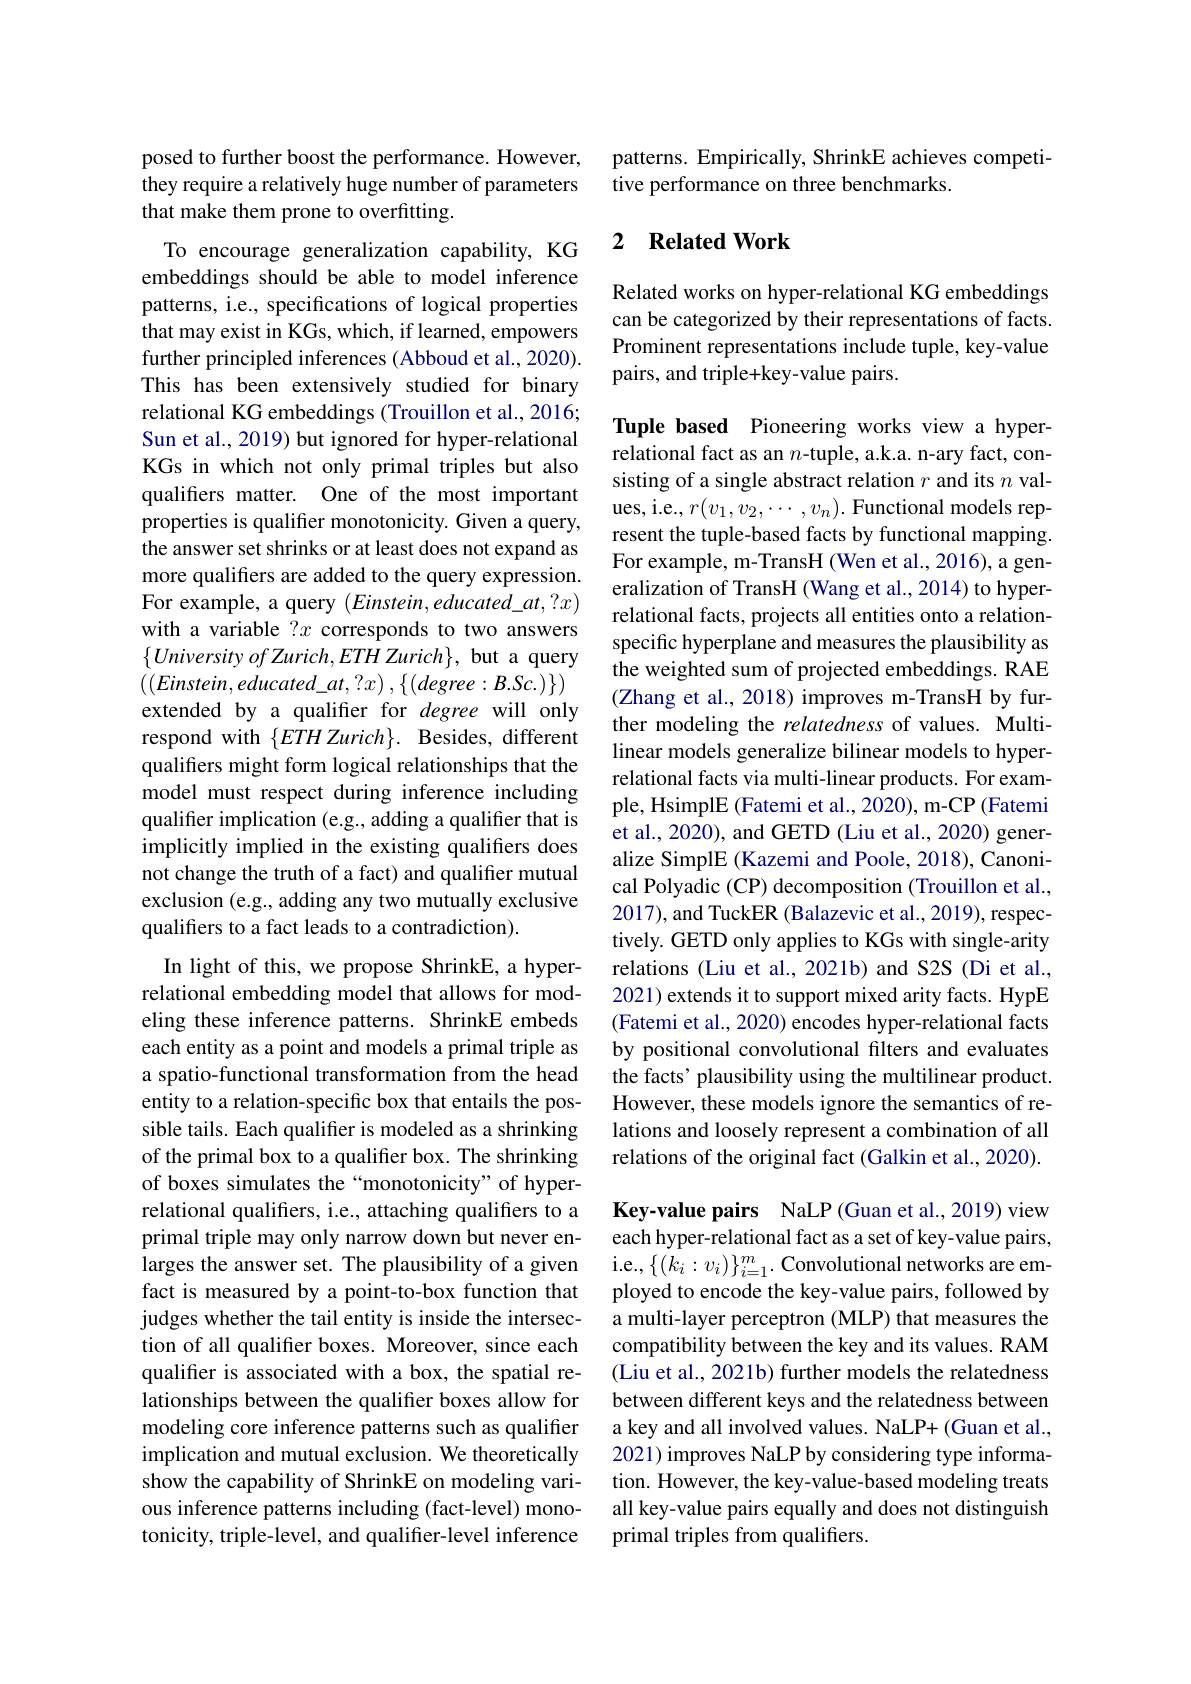
posed to further boost the performance. However, they require a relatively huge number of parameters that make them prone to overfitting.

To encourage generalization capability, KG embeddings should be able to model inference patterns, i.e., specifications of logical properties that may exist in KGs, which, if learned, empowers further principled inferences (Abboud et al., 2020). This has been extensively studied for binary relational KG embeddings (Trouillon et al., 2016; Sun et al., 2019) but ignored for hyper-relational KGs in which not only primal triples but also qualifers matter. One of the most important properties is qualifier monotonicity. Given a query, the answer set shrinks or at least does not expand as more qualifers are added to the query expression. For example, a query $(Einstein,educated\_at,?x)$ with a variable $?x$ corresponds to two answers $\{UniversityofZurich,ETHZurich\}$, but a query $\left(\left(Einstein,educated\_at,?x\right),\left\{\left(degree:B.Sc.\right)\right\}\right)$ extended by a qualifier for degree will only respond with $\{ ETH\textit{Zurich}\} .$ Besides, different qualifers might form logical relationships that the model must respect during inference including qualifier implication (e.g., adding a qualifier that is implicitly implied in the existing qualifiers does not change the truth of a fact) and qualifier mutual exclusion (e.g., adding any two mutually exclusive qualifiers to a fact leads to a contradiction).
In light of this, we propose ShrinkE, a hyperrelational embedding model that allows for modeling these inference patterns. ShrinkE embeds each entity as a point and models a primal triple as a spatio-functional transformation from the head entity to a relation-specific box that entails the possible tails. Each qualifier is modeled as a shrinking of the primal box to a qualifier box. The shrinking of boxes simulates the“monotonicity” of hyperrelational qualifers, i.e., attaching qualifiers to a primal triple may only narrow down but never enlarges the answer set. The plausibility of a given fact is measured by a point-to-box function that judges whether the tail entity is inside the intersection of all qualifer boxes. Moreover, since each qualifer is associated with a box, the spatial relationships between the qualifier boxes allow for modeling core inference patterns such as qualifier implication and mutual exclusion. We theoretically show the capability of ShrinkE on modeling various inference patterns including (fact-level) monotonicity, triple-level, and qualifier-level inference

patterns. Empirically, ShrinkE achieves competi-
tive performance on three benchmarks.

## 2 $\textbf{Related Work}$

Related works on hyper-relational KG embeddings can be categorized by their representations of facts. Prominent representations include tuple, key-value pairs, and triple+key-value pairs.

Tuple based Pioneering works view a hyperrelational fact as an $n$-tuple, a.k.a. n-ary fact, consisting of a single abstract relation $r$ and its $n$ values, i.e., $r(v_1,v_2,\cdots,v_n).$ Functional models represent the tuple-based facts by functional mapping $\bar{\text{For example, m-TransH (Wen et al., 2016), a gen-}}$ eralization of TransH (Wang et al., 2014) to hyperrelational facts, projects all entities onto a relationspecific hyperplane and measures the plausibility as the weighted sum of projected embeddings. RAE (Zhang et al., 2018) improves m-TransH by further modeling the relatedness of values. Multilinear models generalize bilinear models to hyperrelational facts via multi-linear products. For example, HsimplE (Fatemi et al., 2020), m-CP (Fatemi et al., 2020), and GETD (Liu et al., 2020) generalize SimplE (Kazemi and Poole, 2018), Canonical Polyadic (CP) decomposition (Trouillon et al., 2017), and TuckER (Balazevic et al., 2019), respectively. GETD only applies to KGs with single-arity relations (Liu et al., 2021b) and S2S (Di et al., 2021) extends it to support mixed arity facts. HypE (Fatemi et al., 2020) encodes hyper-relational facts by positional convolutional filters and evaluates the facts' plausibility using the multilinear product. However, these models ignore the semantics of relations and loosely represent a combination of all relations of the original fact (Galkin et al., 2020). Key-value pairs NaLP(Guan et al.,2019) view each hyper-relational fact as a set of key-value pairs, i.e., $\{(k_{i}:v_{i})\}_{i=1}^{m}.$ Convolutional networks are employed to encode the key-value pairs, followed by a multi-layer perceptron (MLP) that measures the compatibility between the key and its values. RAM (Liu et al., 2021b) further models the relatedness between different keys and the relatedness between a key and all involved values. NaLP+ (Guan et al., 2021) improves NaLP by considering type information. However, the key-value-based modeling treats all key-value pairs equally and does not distinguish primal triples from qualifiers.